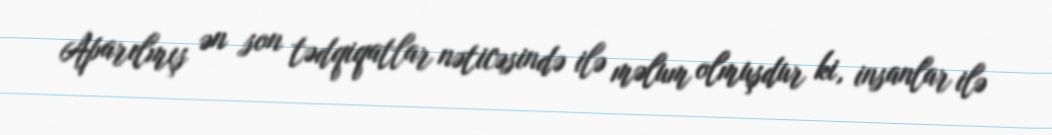
Aparılmış ən son tədqiqatlar nəticəsində ilə məlum olmuşdur ki, insanlar ilə